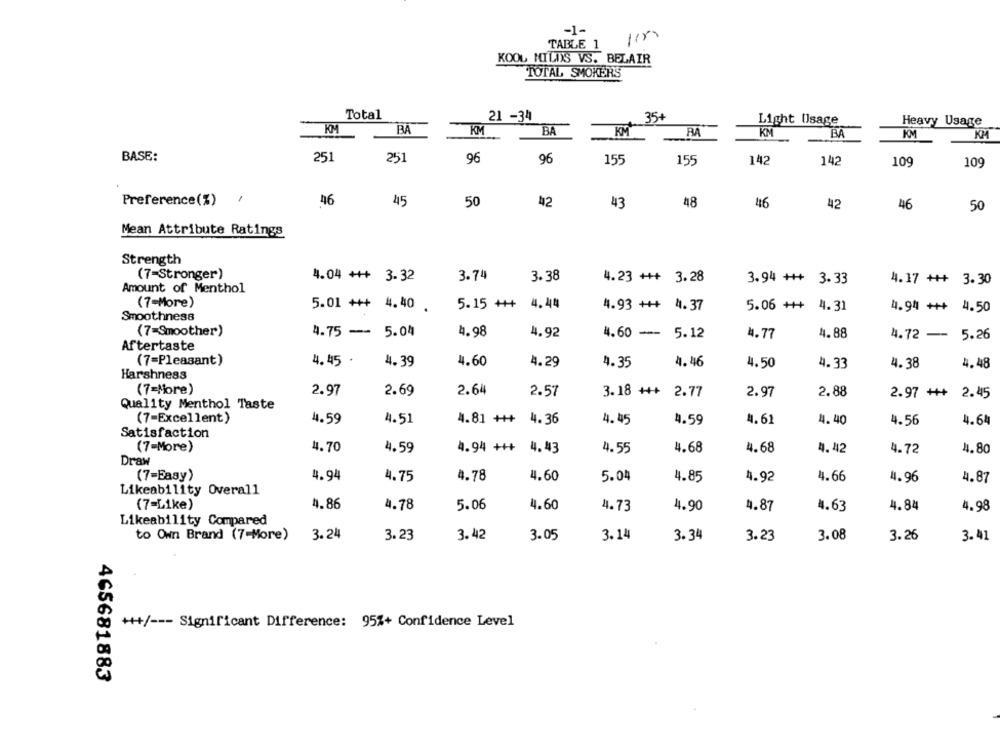
-1-
TABLE 1
KOOL MILDS VS. BELAIR
TOTAL SMOKERS
Total
21 -34
35+
Light Usage
Heavy Usage
KM
BA
KM
BA
KM
RA
KM
BA
KM
KM
BASE:
251
251
96
96
155
155
142
142
10º
109
Preference(%)
1
46
45
50
42
48
42
43
46
50
Mean Attribute Ratings
Strength
(7=Stronger)
4.04 +++ 3.32
3.74
3.38
4.23 +++ 3.28
3.94 +++ 3.33
4.17 +++ 3.30
Amount of Menthol
(7-More)
5.01 +++ 4.40 .
5.15 +++
4.44
4.93 +++ 4.37
5.06 +++ 4.31
4.94 +++ 4.50
Smoothness
(7-Smoother)
4.75 -- 5.04
4.98
4.92
4.60 --
5.12
4.77
4.88
4.72 - 5.26
Aftertaste
(7=Pleasant)
4.45 .
4.39
4.60
4.29
4.35
4.46
4.50
4.33
4.38
4.48
Harshness
(7=More)
2.97
2.64
2.69
2.57
3.18 +++
2.77
2.97
2.88
2.97 +++ 2.45
Quality Menthol Taste
(7-Excellent)
4.59
4.51
4.81 +++
4.36
4.45
4.59
4. 61
4.40
4.56
4.64
Satisfaction
(7-More)
4.70
4.59
4.94 +++ 4.43
4.55
4.68
4.68
4.42
4.72
4.80
Draw
(7-Easy)
4.94
4.75
4.78
4.60
5.04
4.85
4.92
4.66
4.96
4.87
Likeability Overall
(7=Like)
4.86
4.78
5.06
4.60
4.73
4.90
4.87
4.63
4.84
4.98
Likeability Compared
to Own Brand (7-More)
3.24
3.23
3.42
3.05
3.14
3.34
3.23
3.08
3.26
3.41
00 +++/ --- Significant Difference: 95%+ Confidence Level
465681883